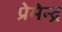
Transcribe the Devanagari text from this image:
प्रेमेन्द्र